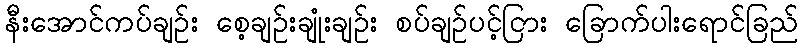
နီးအောင်ကပ်ချဉ်း စေ့ချဉ်းချုံးချဉ်း စပ်ချဉ်ပင့်ငြား ခြောက်ပါးရောင်ခြည်